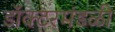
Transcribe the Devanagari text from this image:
डॉक्टरमंडळी